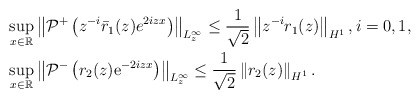
\begin{align*}&\sup _{x \in \mathbb{R}}\left\|\mathcal{P}^+\left(z^{-i}\bar{r}_1(z)e^{ 2iz x}\right)\right\|_{L_z^\infty} \leq\frac{1}{\sqrt{2}}\left\|z^{-i}r_1(z)\right\|_{H^1},i=0,1,\\&\sup_{x \in \mathbb{R}}\left\|\mathcal{P}^-\left(r_2(z) \mathrm{e}^{-2iz x}\right)\right\|_{L_{z}^{\infty}} \leq\frac{1}{\sqrt{2}}\left\|r_2(z)\right\|_{H^{1}}.\end{align*}